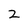
Character: 2